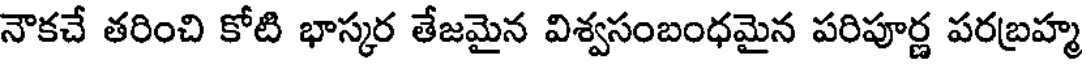
నౌకచే తరించి కోటి భాస్కర తేజమైన విశ్వసంబంధమైన పరిపూర్ణ పరబ్రహ్మ